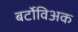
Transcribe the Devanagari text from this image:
बर्टोविअक